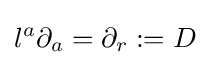
l^{a}\partial _{a}=\partial _{r}:=D